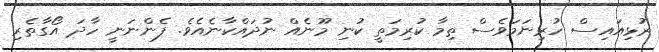
ރުޅިއައިސް ހުރިނަމަވެސް ތިމާ ކުރިމަތީ ކުނި މޫނެއް ނުދައްކާނެއެވެ. ފެންނަނީ ހާދަ އޯގާތެރި